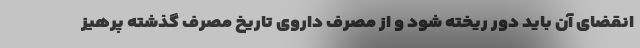
انقضای آن باید دور ریخته شود و از مصرف داروی تاریخ مصرف گذشته پرهیز